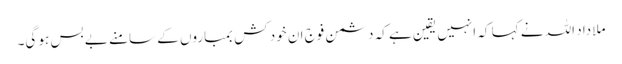
ملا داد اللہ نے کہا کہ انہیں یقین ہے کہ دشمن فوج ان خود کش بمباروں کے سامنے بے بس ہو گی۔